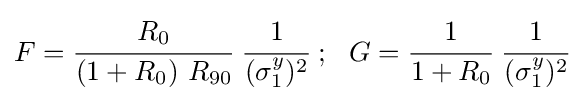
F={\cfrac {R_{0}}{(1+R_{0})~R_{90}}}~{\cfrac {1}{(\sigma _{1}^{y})^{2}}}~;~~G={\cfrac {1}{1+R_{0}}}~{\cfrac {1}{(\sigma _{1}^{y})^{2}}}